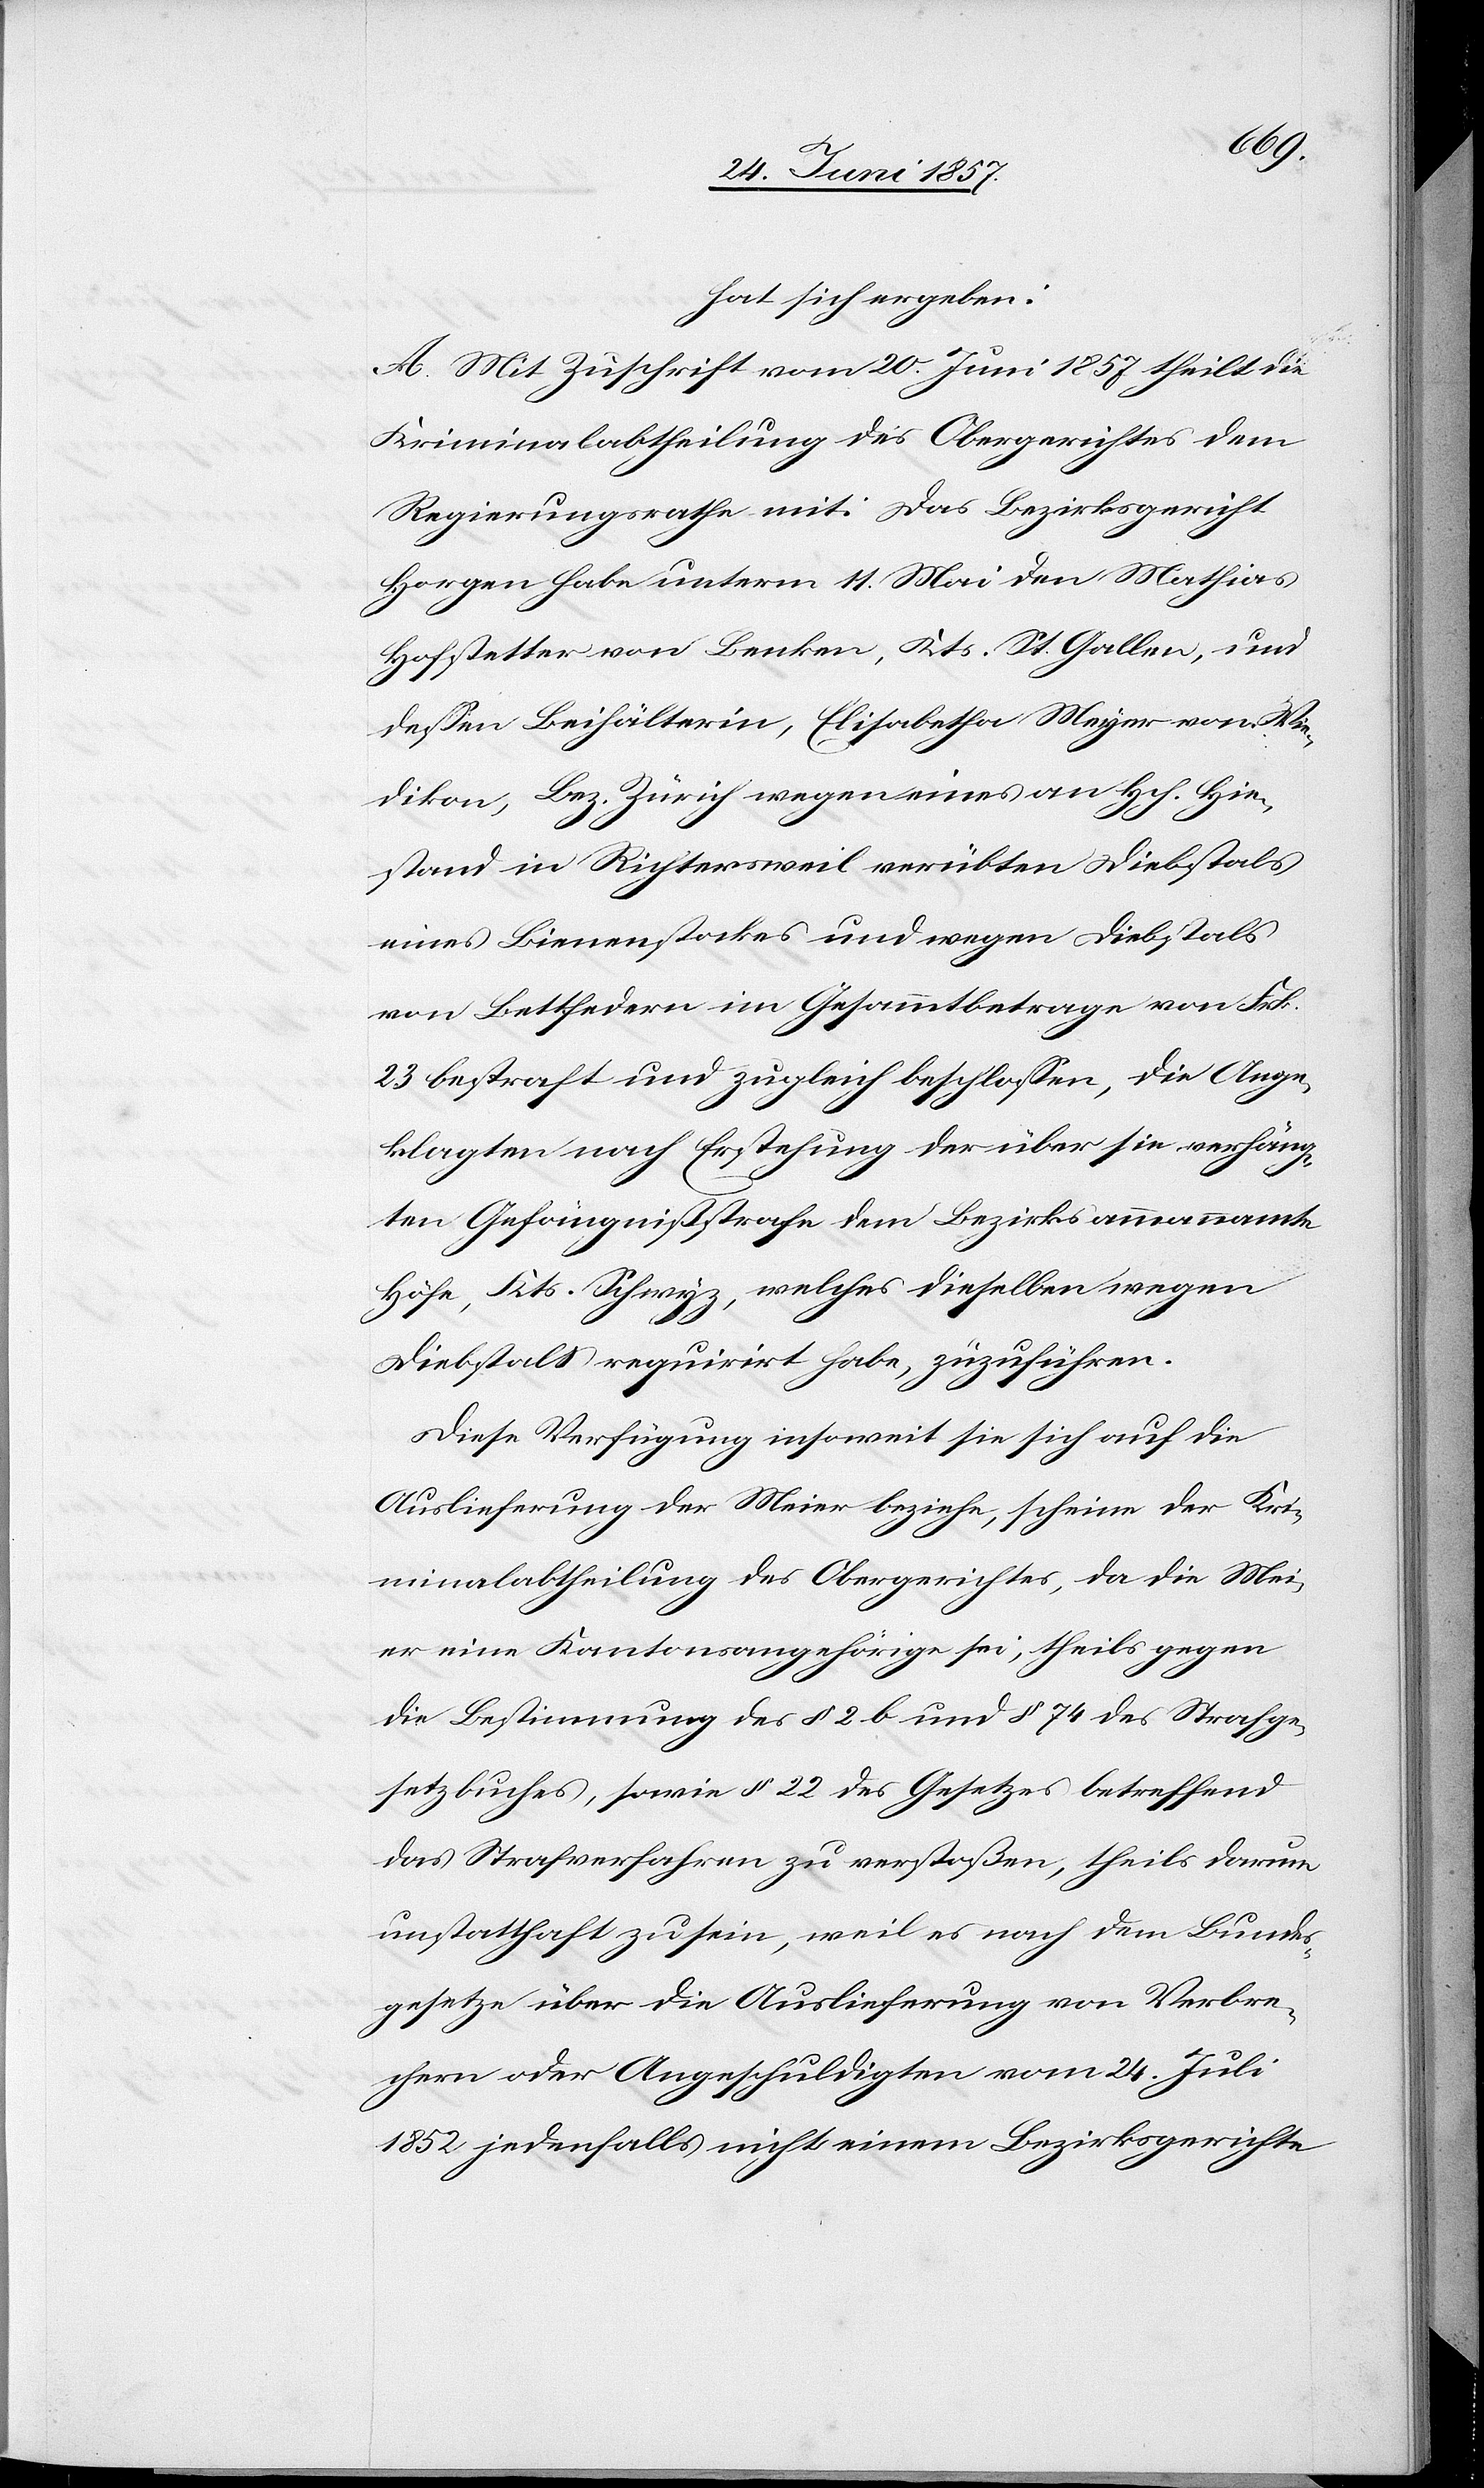
hat sich ergeben:
A. Mit Zuschrift vom 20 Juni 1857 theilt die
Kriminalabtheilung des Obergerichtes dem
Regierungsrathe mit: Das Bezirksgericht
Horgen habe unterm 11 Mai den Mathias
Hofstetter von Benken, Kts. St. Gallen, und
dessen Beihälterin, Elisabetha Meyer von Wie¬
dikon, Bez. Zürich wegen eines von Hch. Hie¬
stand in Richtersweil verübten Diebstals
eines Bienenstockes und wegen Diebstals
von Bettfedern im Gesammtbetrage von Frk.
23 bestraft und zugleich beschlossen, die Ange¬
klagten nach Erstehung der über sie verhäng¬
ten Gefängnißstrafe dem Bezirksammannamte
Höfe, Kts. Schwyz, welches dieselben wegen
Diebstals requirirt habe, zuzuführen.
Diese Verfügung insoweit sie sich auf die
Auslieferung der Meier beziehe, scheine der Kri¬
minalabtheilung des Obergerichtes, da die Mei¬
er eine Kantonsangehörige sei, theils gegen
die Bestimmung des § 2 b und § 74 des Strafge¬
setzbuches, sowie § 22 des Gesetzes betreffend
das Strafverfahren zu verstoßen, theils darum
unstatthaft zu sein, weil es nach dem Bundes¬
gesetze über die Auslieferung von Verbre¬
chern oder Angeschuldigten vom 24 Juli
1852 jedenfalls nicht einem Bezirksgerichte